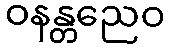
ဝနန္တညေဝ